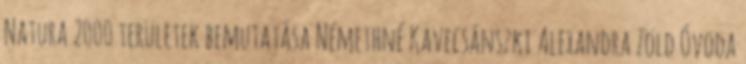
Natura 2000 területek bemutatása Némethné Kavecsánszki Alexandra Zöld Óvoda